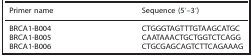
<table><thead><tr><td><b>Primer name</b></td><td><b>Sequence (5′–3′)</b></td></tr></thead><tbody><tr><td>BRCA1-B004</td><td>CTGGGTAGTTTGTAAGCATGC</td></tr><tr><td>BRCA1-B005</td><td>CAATAAACTGCTGGTCTCAGG</td></tr><tr><td>BRCA1-B006</td><td>CTGCGAGCAGTCTTCAGAAAG</td></tr></tbody></table>